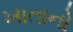
ખાતાનો